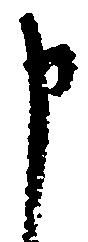
申